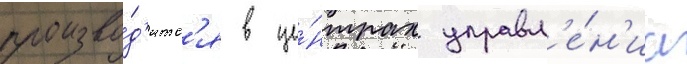
произво́д'итс'я в це́нтрах управл'е́н'иа